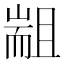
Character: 𰭮